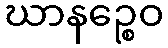
ဃာနဉ္စေဝ